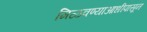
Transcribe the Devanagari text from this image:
मिळवण्याआधीपासून